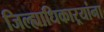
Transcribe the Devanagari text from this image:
जिल्ह्याधिकाऱ्यांना